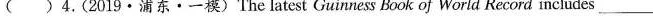
( )4.(2019·浦东·一模)The latest Guinness Book of World Record includes___